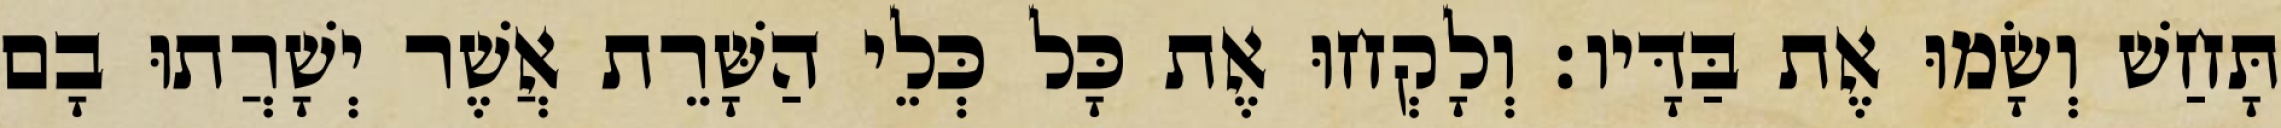
תָּחַשׁ וְשָׂמוּ אֶת בַּדָּיו׃ וְלָקְחוּ אֶת כָּל כְּלֵי הַשָּׁרֵת אֲשֶׁר יְשָׁרֲתוּ בָם